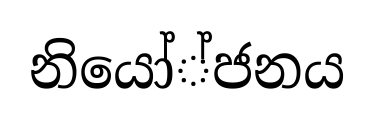
නියෝ්ජනය